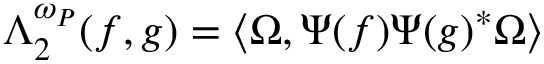
\Lambda _ { 2 } ^ { \omega _ { P } } ( f , g ) = \langle \Omega , \Psi ( f ) \Psi ( g ) ^ { \ast } \Omega \rangle